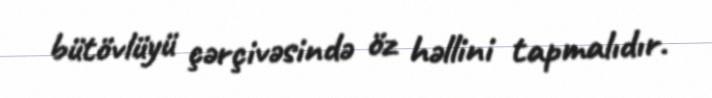
bütövlüyü çərçivəsində öz həllini tapmalıdır.